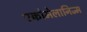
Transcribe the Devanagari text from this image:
एक्रोमेलानिज्म